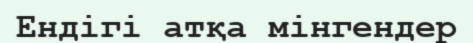
Ендігі атқа мінгендер